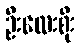
ဦးလေးစိုး